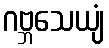
ဂဗ္ဘသေယျံ